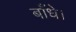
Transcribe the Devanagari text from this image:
बाँधे।